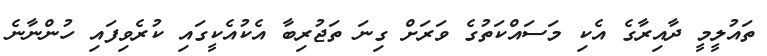
ތައުލީމީ ދާއިރާގެ އެކި މަސައްކަތުގެ ވަރަށް ގިނަ ތަޖުރިބާ އެކުއެކީގައި ކުރެވިފައި ހުންނާނެ